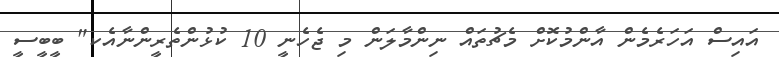
އައިސް އަހަރެމެން އާންމުކޮށް މެޗުތައް ނިންމާލަން މި ޖެހެނީ 10 ކުޅުންތެރީންނާއެކ" ބީބީސީ